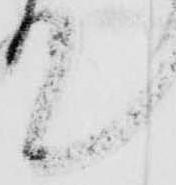
て